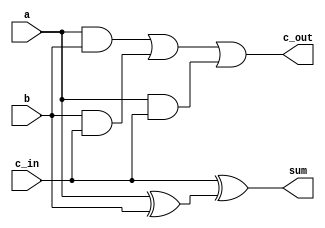
module adder_1_bit(input a, input b, input c_in, output sum, output c_out);
	// full adder using structural model
	wire sum_wire;
	wire cout_wire_1;
	wire cout_wire_2;
	wire cout_wire_3;
	
	and(cout_wire_1, a, b);
	xor(sum_wire, a, b);	
	xor(sum, c_in, sum_wire);
	and(cout_wire_3, a, c_in);	
	and(cout_wire_2, b, c_in);

	or(c_out, cout_wire_1, cout_wire_2, cout_wire_3);
endmodule